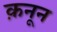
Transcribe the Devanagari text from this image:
क़नून